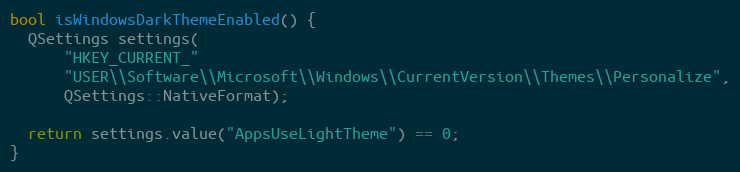
Language: C
bool isWindowsDarkThemeEnabled() {
  QSettings settings(
      "HKEY_CURRENT_"
      "USER\\Software\\Microsoft\\Windows\\CurrentVersion\\Themes\\Personalize",
      QSettings::NativeFormat);

  return settings.value("AppsUseLightTheme") == 0;
}